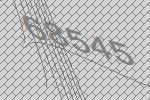
68545